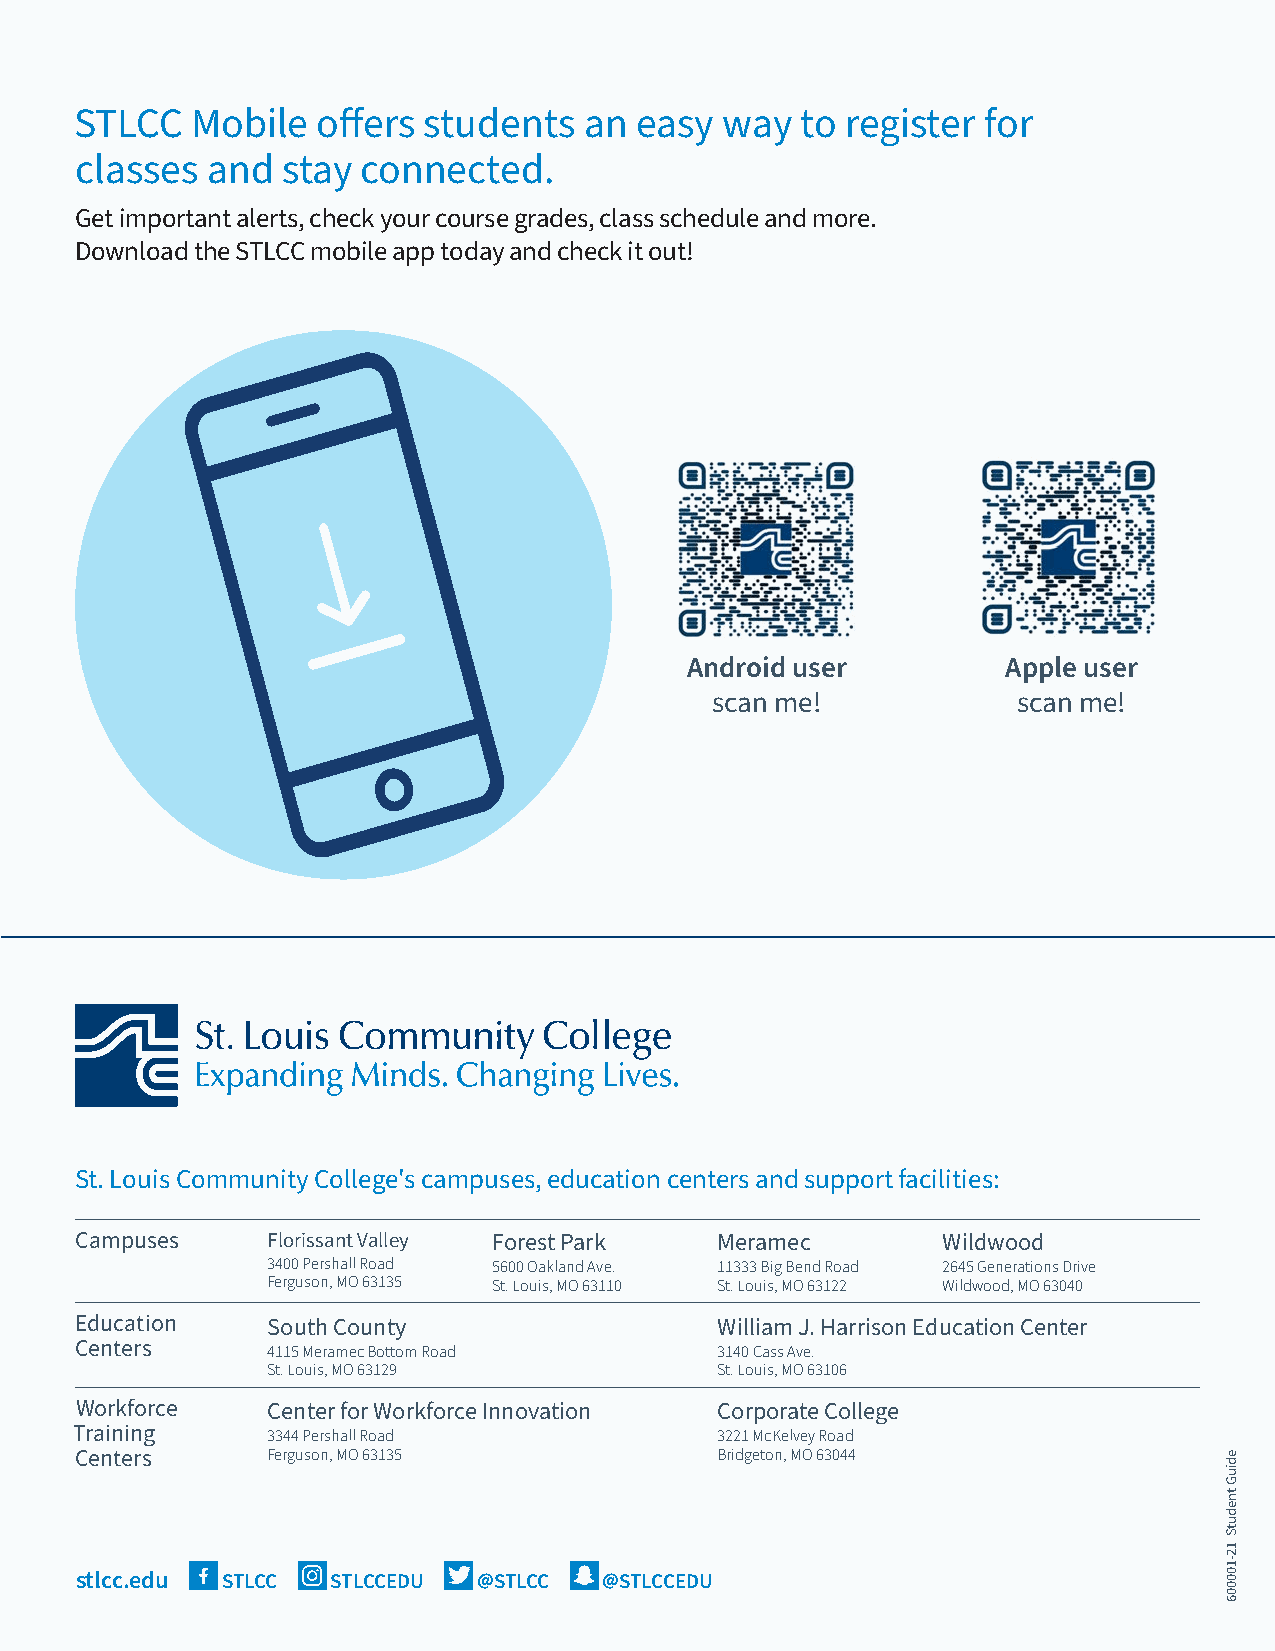
STLCC   Mobile  offers students   an easy  way  to register for
 classes  and  stay connected.
 Get important alerts, check your course grades, class schedule and more.
 Download the STLCC mobile app today and check it out!
 Android user          Apple user
 scan me!            scan me!
 St. Louis Community College's campuses, education centers and support facilities:
 Campuses     Florissant Valley Forest Park Meramec       Wildwood
 3400 Pershall Road 5600 Oakland Ave. 11333 Big Bend Road 2645 Generations Drive
 Ferguson, MO 63135 St. Louis, MO 63110 St. Louis, MO 63122 Wildwood, MO 63040
 Education    South County                  William J. Harrison Education Center
 Centers      4115 Meramec Bottom Road      3140 Cass Ave.
 St. Louis, MO 63129           St. Louis, MO 63106
 Workforce    Center for Workforce Innovation Corporate College
 Training     3344 Pershall Road            3221 McKelvey Road
 Centers      Ferguson, MO 63135            Bridgeton, MO 63044
 stlcc.edu STLCC  STLCCEDU  @STLCC  @STLCCEDU
 ediuG
 tnedutS
 12-100006